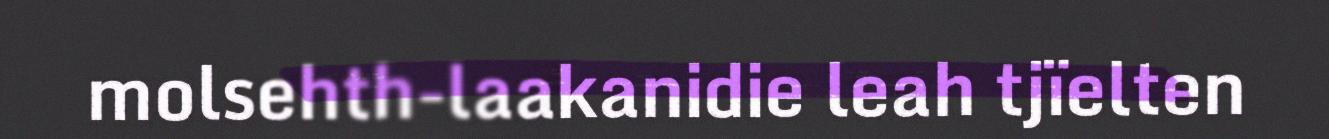
molsehth-laakanidie leah tjïelten